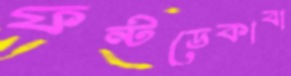
ফন্টডেকাবা